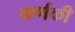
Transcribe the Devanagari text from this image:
कर्णकी